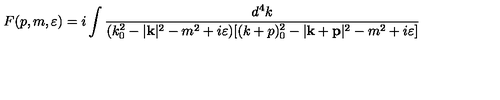
F ( p , m , \varepsilon ) = i \int \frac { d ^ { 4 } k } { ( k _ { 0 } ^ { 2 } - | \mathbf { k } | ^ { 2 } - m ^ { 2 } + i \varepsilon ) [ ( k + p ) _ { 0 } ^ { 2 } - | \mathbf { k } + \mathbf { p } | ^ { 2 } - m ^ { 2 } + i \varepsilon ] }